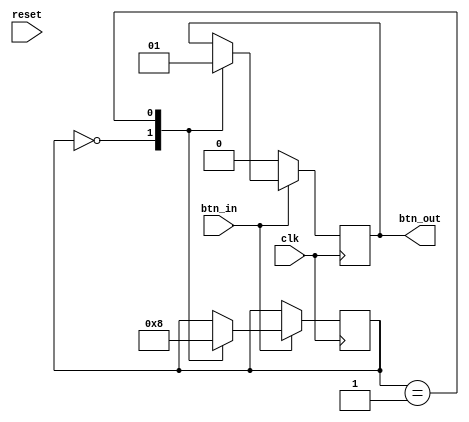
`timescale 1ns / 1ps

module Debouncer(btn_in, clk, reset, btn_out);

input btn_in, clk, reset;
output btn_out;

//set initial state to 000
reg[2:0]state = 3'b000;
reg btn_out;

wire btn_in, clk, reset;

always@(posedge clk) 
begin

if(btn_in)
    begin
    
        //state machine that will act as a debouncer
        case(state)
        
        //initial state
        3'b000 : 
        if(btn_in == 1'b1) //if the button is pressed
            begin
                state <= 3'b001; //go to next state
                btn_out <= 1'b0; //button out is still 0
            end
        
        //second state    
        3'b001 : 
        if(btn_in == 1'b1) //if the button is STILL pressed 
            begin
                state <= 3'b000; //go back to initial state
                btn_out <= 1'b1; //but button out is now 1
            end
        else
            begin
                state <= 3'b000; //otherwise the button is no longer pressed so go back to initial state
                btn_out <= 1'b0; //and button out is now 0
            end
             
       endcase
    end

//else statement needed if button in is 0    
else

begin
    
    btn_out <= 1'b0; //set button out to 0
    
end

end
    
endmodule